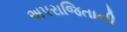
અપરાજિતાની